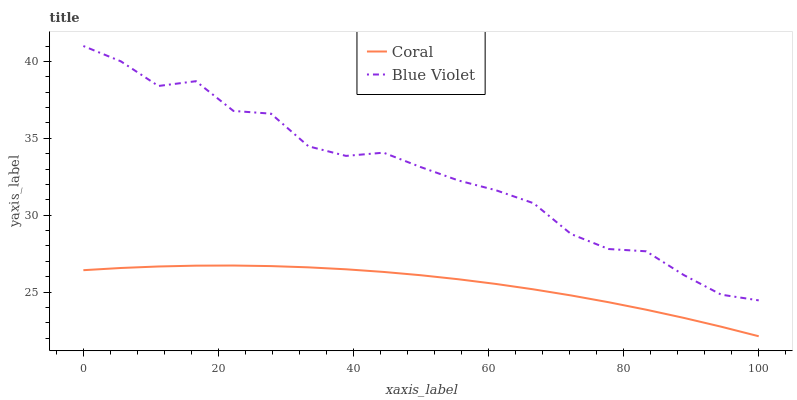
| xaxis_label | Coral | Blue Violet |
 | --- | --- | --- |
 | 0 | 26.4 | 41 |
 | 5.56 | 26.6 | 40 |
 | 11.1 | 26.7 | 38.4 |
 | 16.7 | 26.7 | 38.7 |
 | 22.2 | 26.7 | 36.8 |
 | 27.8 | 26.7 | 36.6 |
 | 33.3 | 26.6 | 34.5 |
 | 38.9 | 26.5 | 33.9 |
 | 44.4 | 26.3 | 34.1 |
 | 50 | 26.1 | 33.1 |
 | 55.6 | 25.8 | 32.3 |
 | 61.1 | 25.5 | 31.6 |
 | 66.7 | 25.2 | 30.8 |
 | 72.2 | 24.8 | 28.8 |
 | 77.8 | 24.3 | 27.8 |
 | 83.3 | 23.8 | 27.6 |
 | 88.9 | 23.3 | 26.1 |
 | 94.4 | 22.7 | 24.8 |
 | 100 | 22.1 | 24.5 |